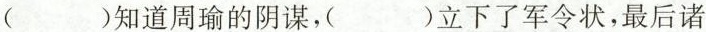
（ ）知道周瑜的阴谋，( ) 立下了军令状，最后诸